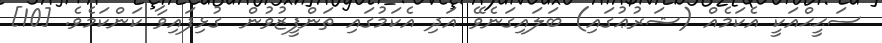
ސަޙީޙްއަކީ އެކަމެއް (ޝަރުޢުގައި) ބަލައިގަނެވޭ އަދި އެކަމުގައި ތަންފީޒުވުން  ގުޅިފައިވާ ކަންކަމެވެ. [10]